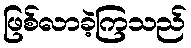
ဖြစ်လာခဲ့ကြသည်